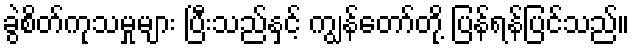
ခွဲစိတ်ကုသမှုများ ပြီးသည်နှင့် ကျွန်တော်တို့ ပြန်ရန်ပြင်သည်။